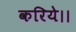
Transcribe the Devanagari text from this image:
करिये।।